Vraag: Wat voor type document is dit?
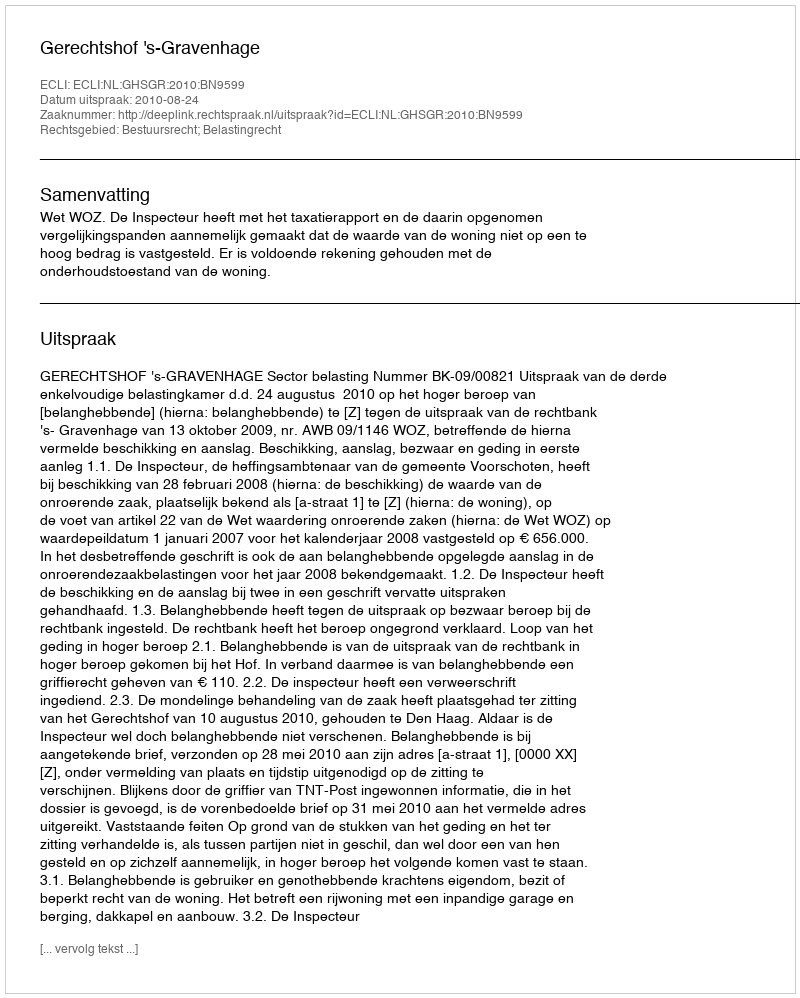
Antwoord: Uitspraak